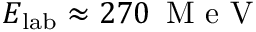
E _ { \mathrm { l a b } } \approx 2 7 0 \, \mathrm { ~ M ~ e ~ V ~ }